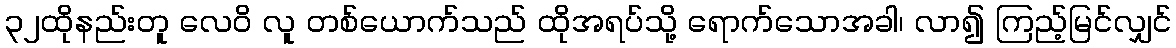
၃၂ထိုနည်းတူ လေဝိ လူ တစ်ယောက်သည် ထိုအရပ်သို့ ရောက်သောအခါ၊ လာ၍ ကြည့်မြင်လျှင်